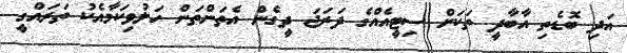
އަދި ބޮޑެތި އާބާދީ ތަކަށް ސިޓީއެއްގެ ދަރަޖަ ދީގެން އެތަންތަން ހަލުވިކަމާއެކު ތަރައްގީ